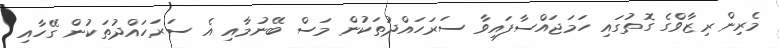
މެރިން ރިޒާވްގެ ގޮތުގައި ހަމަޖައްސާފައިވާ ސަރަހައްދުތަކުން މަސް ބޭނުމާއި އެ ސަރަހައްދުތަކުން ގޭހާއި